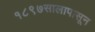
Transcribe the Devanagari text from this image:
१८९७सालापासून